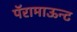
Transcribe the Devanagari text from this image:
पॅरामाऊन्ट